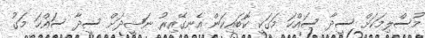
މުސްލިމަކަށް ސީދާ ސައްހަ މަގަކީ ކޮބައިކަން އެނގޭއިރު ނަޝީދަށް ސީދާ ސައްހަ މަގު